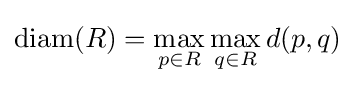
\mathrm {diam} (R)=\max _{p\in R}\max _{q\in R}d(p,q)